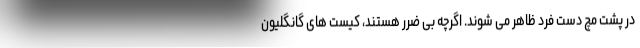
در پشت مچ دست فرد ظاهر می شوند. اگرچه بی ضرر هستند، کیست های گانگلیون